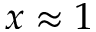
x \approx 1